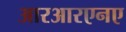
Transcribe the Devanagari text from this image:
आरआरएनए